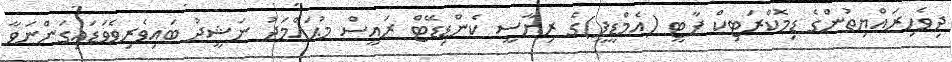
ދިވެހިރައްޔިތުންގެ ޑިމޮކްރަޓިކް ޕާޓީ (އެމްޑީޕީ)ގެ ރިޔާސީ ކެންޑިޑޭޓް ރައީސް މުޙައްމަދު ނަޝީދު ބައިވެރިވެވަޑައިގަންނަވާ